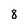
Character: 8